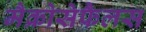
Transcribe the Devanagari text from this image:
मैक्रोसेफैलस